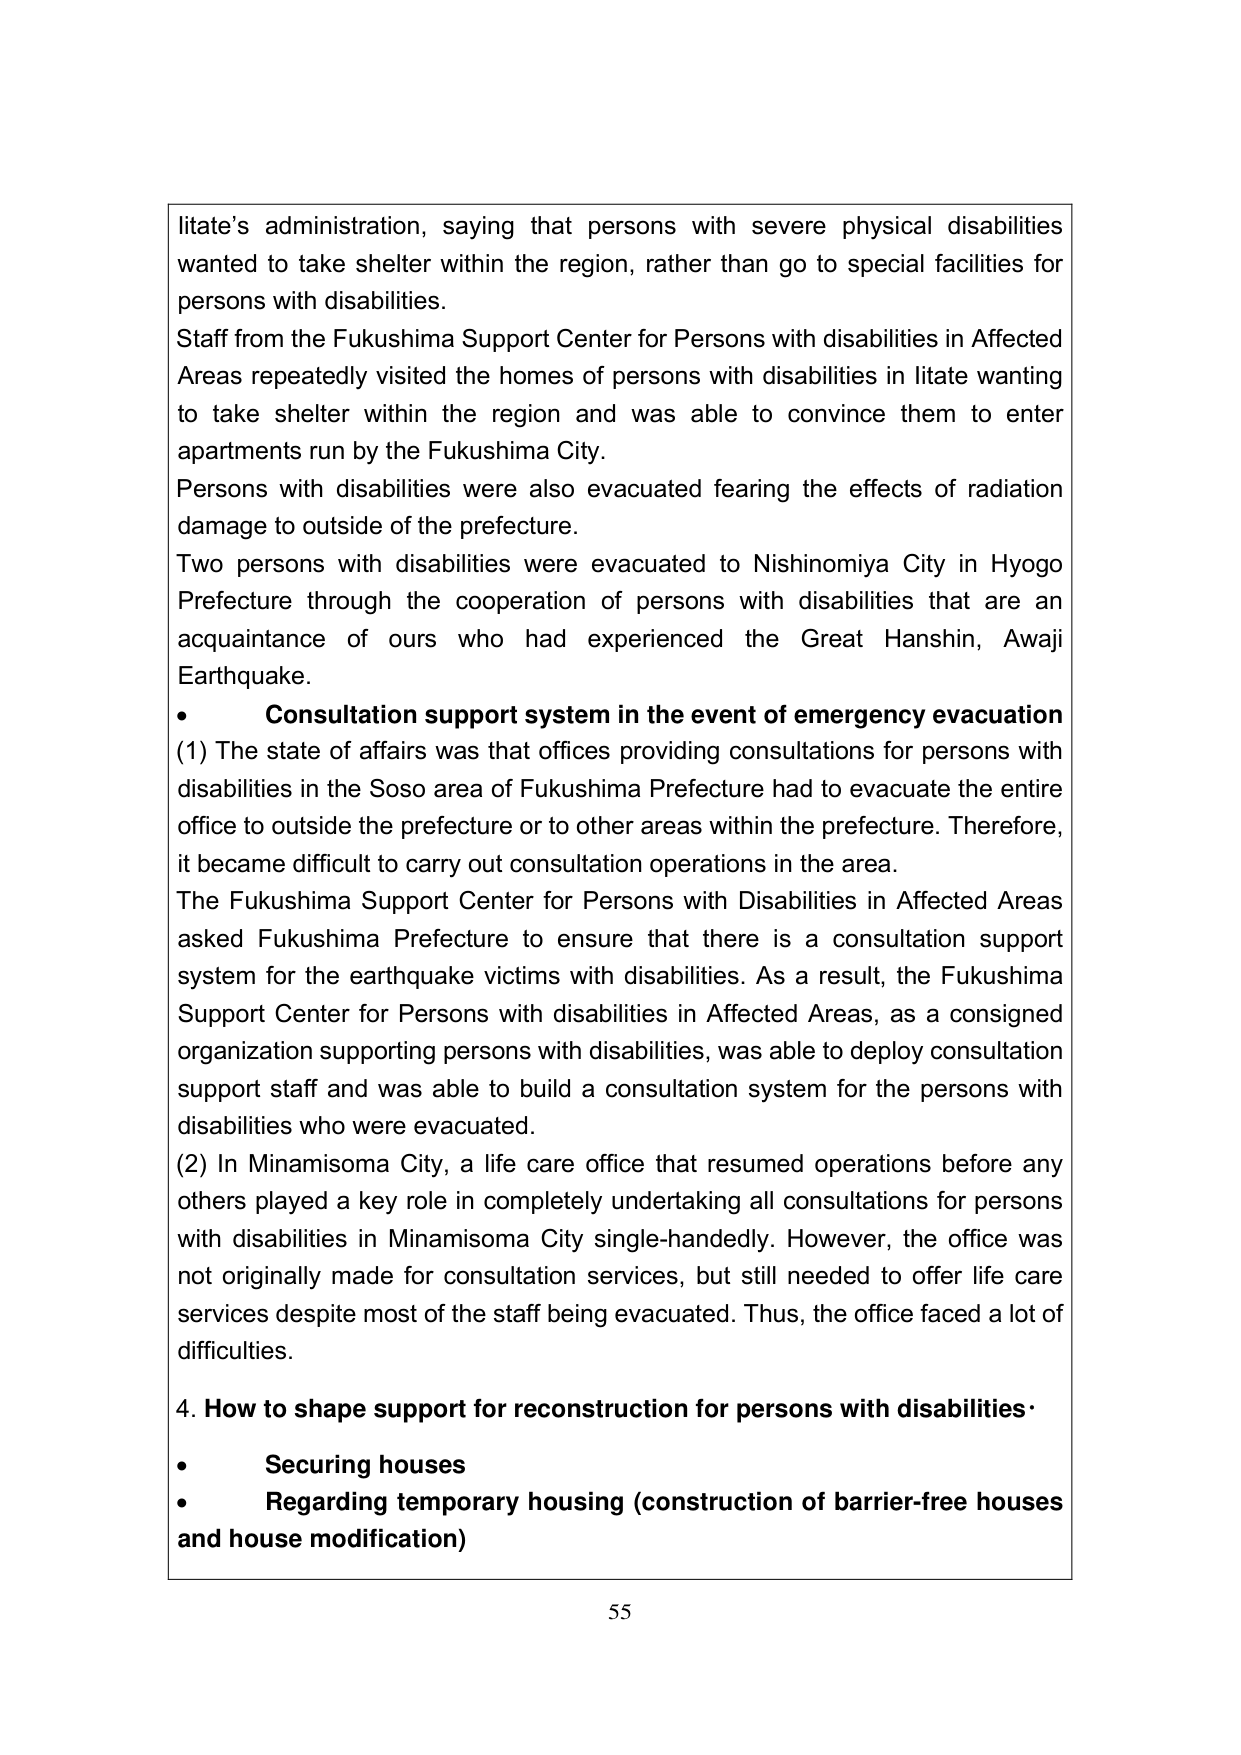
litate’s administration, saying that persons with severe physical disabilities wanted to take shelter within the region, rather than go to special facilities for persons with disabilities.
Staff from the Fukushima Support Center for Persons with disabilities in Affected Areas repeatedly visited the homes of persons with disabilities in litate wanting to take shelter within the region and was able to convince them to enter apartments run by the Fukushima City.
Persons with disabilities were also evacuated fearing the effects of radiation damage to outside of the prefecture.
Two persons with disabilities were evacuated to Nishinomiya City in Hyogo Prefecture through the cooperation of persons with disabilities that are an acquaintance of ours who had experienced the Great Hanshin, Awaji Earthquake.
• Consultation support system in the event of emergency evacuation
(1) The state of affairs was that offices providing consultations for persons with disabilities in the Soso area of Fukushima Prefecture had to evacuate the entire office to outside the prefecture or to other areas within the prefecture. Therefore, it became difficult to carry out consultation operations in the area.
The Fukushima Support Center for Persons with Disabilities in Affected Areas asked Fukushima Prefecture to ensure that there is a consultation support system for the earthquake victims with disabilities. As a result, the Fukushima Support Center for Persons with disabilities in Affected Areas, as a consigned organization supporting persons with disabilities, was able to deploy consultation support staff and was able to build a consultation system for the persons with disabilities who were evacuated.
(2) In Minamisoma City, a life care office that resumed operations before any others played a key role in completely undertaking all consultations for persons with disabilities in Minamisoma City single-handedly. However, the office was not originally made for consultation services, but still needed to offer life care services despite most of the staff being evacuated. Thus, the office faced a lot of difficulties.
4. How to shape support for reconstruction for persons with disabilities·
• Securing houses
• Regarding temporary housing (construction of barrier-free houses and house modification)
55